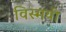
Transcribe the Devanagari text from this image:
विस्मयी